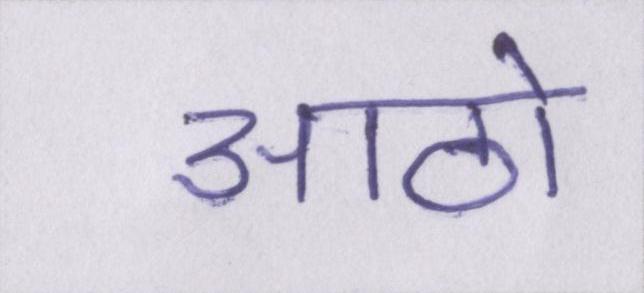
आठो